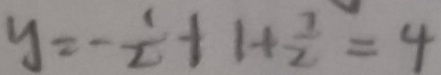
y = - \frac { 1 } { 2 } + 1 + \frac { 1 } { 2 } = 4